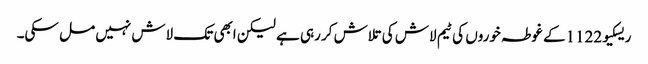
ریسکیو1122کے غوطہ خوروں کی ٹیم لاش کی تلاش کر رہی ہے لیکن ابھی تک لاش نہیں مل سکی۔